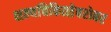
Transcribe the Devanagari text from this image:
शल्यचिकित्सेबरोबर